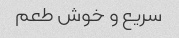
سریع و خوش طعم